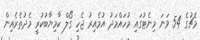
މެޗުގެ 54 ވަނަ މިނެޓުގައި މުހައްމަދު އުމެއިރު ޖެހި ގޯލް ކާމިޔާބުކުރީ މެދުތެރެއިން